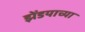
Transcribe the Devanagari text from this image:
झेंडयाच्या